Report of an investigation of the epidemic of malarial fever in Assam, or, kala-azar
Disease focus: Malaria
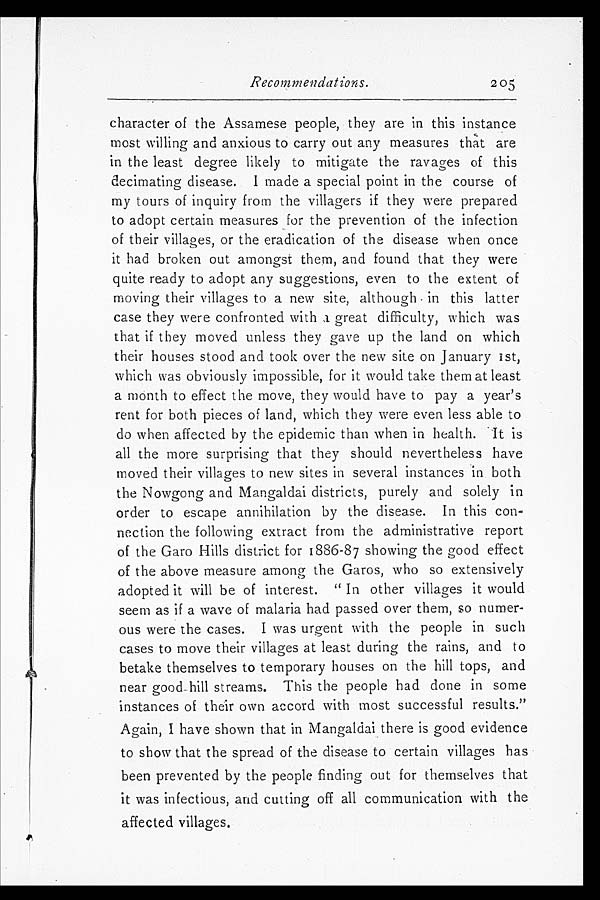
Recommendations.
2 0 5
character of the Assamese people, they are in this instance
most willing and anxious to carry out any measures that are
in the least degree likely to mitigate the ravages of this
decimating disease. I made a special point in the course of
my tours of inquiry from the villagers if they were prepared
to adopt certain measures for the prevention of the infection
of their villages, or the eradication of the disease when once
it had broken out amongst them, and found that they were
quite ready to adopt any suggestions, even to the extent of
moving their villages to a new site, although in this latter
case they were confronted with a great difficulty, which was
that if they moved unless they gave up the land on which
their houses stood and took over the new site on January 1st,
which was obviously impossible, for it would take them at least
a month to effect the move, they would have to pay a year's
rent for both pieces of land, which they were even less able to
do when affected by the epidemic than when in health. It is
all the more surprising that they should nevertheless have
moved their villages to new sites in several instances in both
the Nowgong and Mangaldai districts, purely and solely in
order to escape annihilation by the disease. In this con-
nection the following extract from the administrative report
of the Garo Hills district for 1886-87 showing the good effect
of the above measure among the Garos, who so extensively
adopted it will be of interest. "In other villages it would
seem as if a wave of malaria had passed over them, so numer-
ous were the cases. I was urgent with the people in such
cases to move their villages at least during the rains, and to
betake themselves to temporary houses on the hill tops, and
near good hill streams. This the people had done in some
instances of their own accord with most successful results."
Again, I have shown that in Mangaldai there is good evidence
to show that the spread of the disease to certain villages has
been prevented by the people finding out for themselves that
it was infectious, and cutting off all communication with the
affected villages.